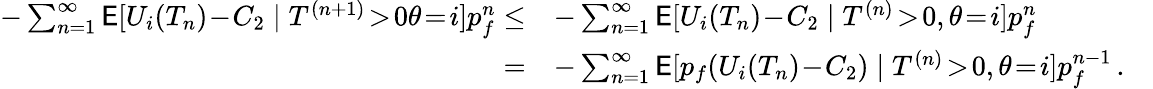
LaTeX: \begin{array}{rlr}{-\sum_{n=1}^{\infty}\mathsf{E}[U_{i}(T_{n})\! -\! C_{2}\mid T^{(n+1)}\! >\! 0\theta\! =\! i]p_{f}^{n}\le}&{-\sum_{n=1}^{\infty}\mathsf{E}[U_{i}(T_{n})\! -\! C_{2}\mid T^{(n)}\! >\! 0,\theta\! =\! i]p_{f}^{n}}&\\ {=}&{-\sum_{n=1}^{\infty}\mathsf{E}[p_{f}(U_{i}(T_{n})\! -\! C_{2})\mid T^{(n)}\! >\! 0,\theta\! =\! i]p_{f}^{n-1}\, .}&\end{array}